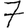
Digit: 7